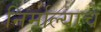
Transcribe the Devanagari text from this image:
निर्माल्याचे